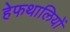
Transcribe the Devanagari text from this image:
हेफथालियों